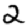
Digit: 2